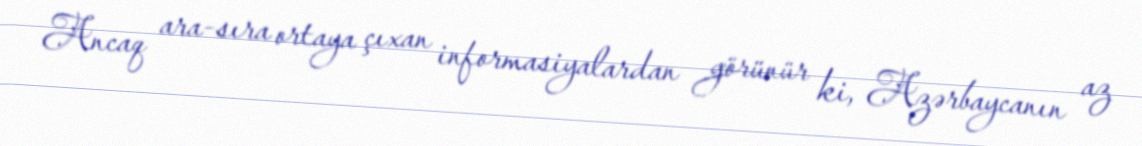
Ancaq ara-sıra ortaya çıxan informasiyalardan görünür ki, Azərbaycanın az